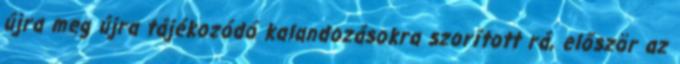
újra meg újra tájékozódó kalandozásokra szorított rá, először az